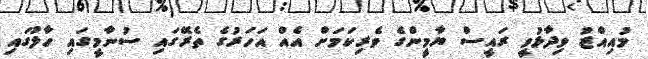
މުއިއްޒު ވިދާޅުވީ ރައީސް ޔާމީންގެ ވެރިކަމަށް އެއް އަހަރުގެ ތެރޭގައި ސުނާމީގައި ހާލުގައި